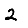
Digit: 2